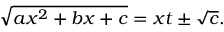
{ \sqrt { a x ^ { 2 } + b x + c } } = x t \pm { \sqrt { c } } .